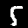
Label: 5